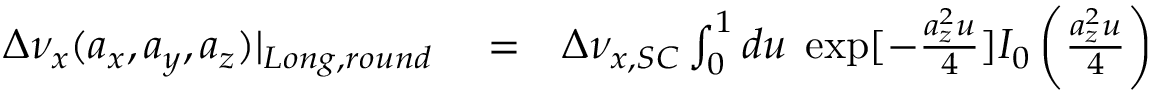
\begin{array} { r l r } { \Delta \nu _ { x } ( a _ { x } , a _ { y } , a _ { z } ) | _ { L o n g , r o u n d } } & { { } = } & { \Delta \nu _ { x , S C } \int _ { 0 } ^ { 1 } d u \; \exp [ - \frac { a _ { z } ^ { 2 } u } { 4 } ] I _ { 0 } \left( \frac { a _ { z } ^ { 2 } u } { 4 } \right) } \end{array}